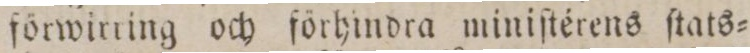
förwirring och förhindra miniſtérens ſtats=